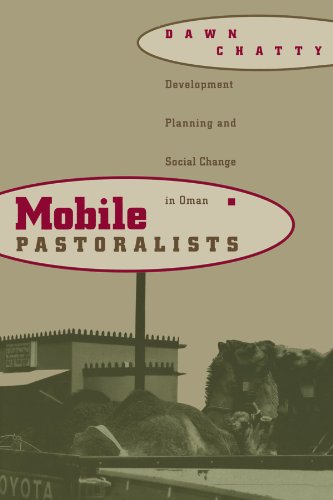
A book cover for Mobile Pastoralists; Dawn Chatty; History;